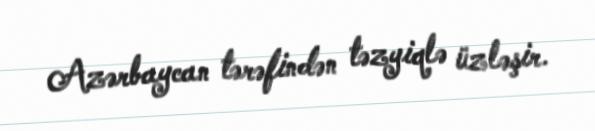
Azərbaycan tərəfindən təzyiqlə üzləşir.